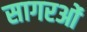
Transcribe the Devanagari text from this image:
सागरओं